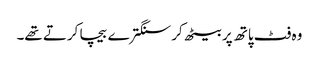
وہ فٹ پاتھ پر بیٹھ کر سنگترے بیچا کرتے تھے۔